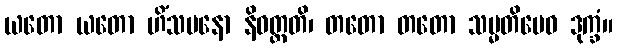
ယတော ယတော ဟိံသမနော နိဝတ္တတိ၊ တတော တတော သမ္မတိမေဝ ဒုက္ခံ။